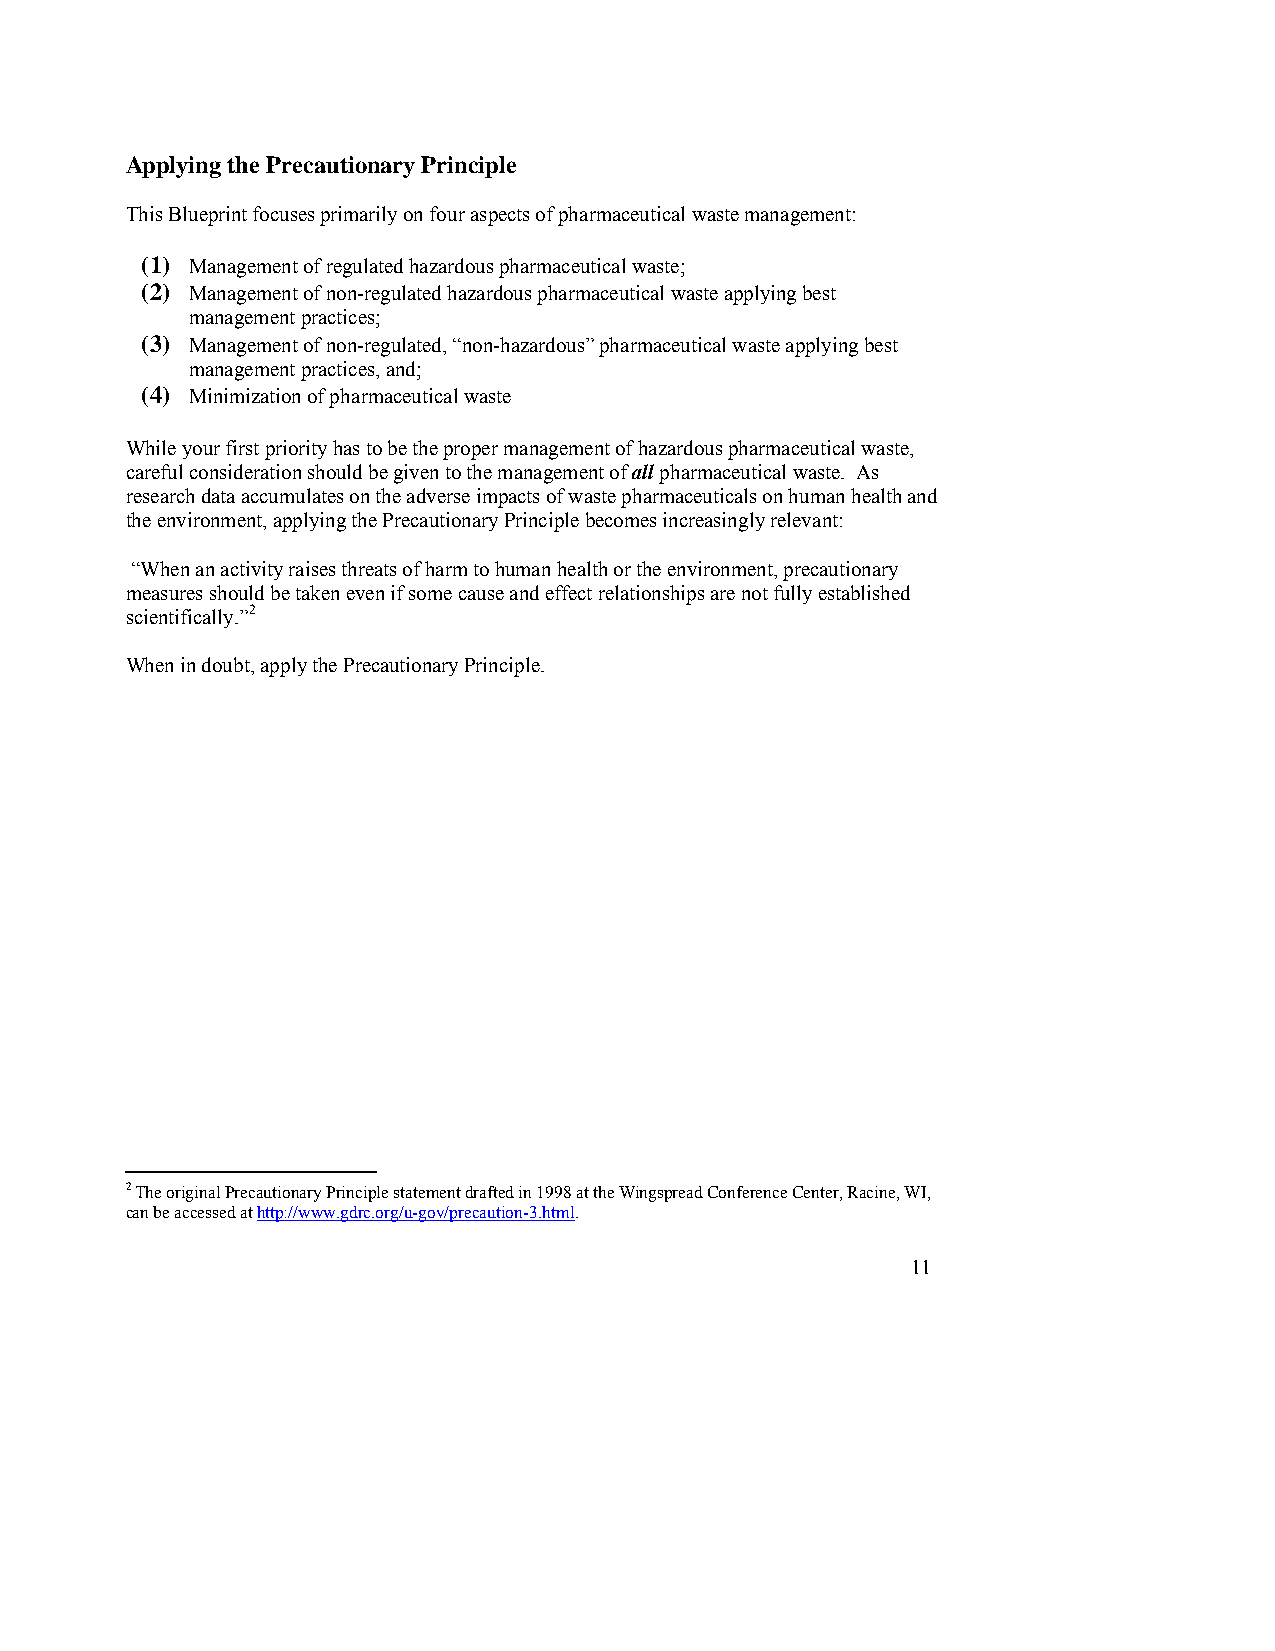
Applying the Precautionary Principle
 This Blueprint focuses primarily on four aspects of pharmaceutical waste management:
 (1) Management of regulated hazardous pharmaceutical waste;
 (2) Management of non-regulated hazardous pharmaceutical waste applying best
 management practices;
 (3) Management of non-regulated, “non-hazardous” pharmaceutical waste applying best
 management practices, and;
 (4) Minimization of pharmaceutical waste
 While your first priority has to be the proper management of hazardous pharmaceutical waste,
 careful consideration should be given to the management of all pharmaceutical waste. As
 research data accumulates on the adverse impacts of waste pharmaceuticals on human health and
 the environment, applying the Precautionary Principle becomes increasingly relevant:
 “When an activity raises threats of harm to human health or the environment, precautionary
 measures should be taken even if some cause and effect relationships are not fully established
 scientifically.”2
 When in doubt, apply the Precautionary Principle.
 2 The original Precautionary Principle statement drafted in 1998 at the Wingspread Conference Center, Racine, WI,
 can be accessed at http://www.gdrc.org/u-gov/precaution-3.html.
 11